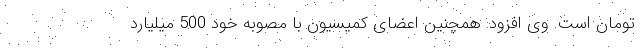
تومان است. وی افزود: همچنین اعضای کمیسیون با مصوبه خود 500 میلیارد